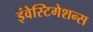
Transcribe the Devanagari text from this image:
इंवेस्टिगेशन्स